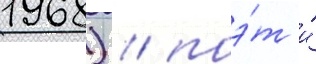
1968) / поэ́т и́